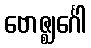
ဗောဇ္ဈင်္ဂေါ